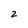
Character: 2